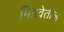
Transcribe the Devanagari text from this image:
मिडवेतील